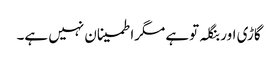
گاڑی اور بنگلہ توہے مگراطمینان نہیں ہے۔